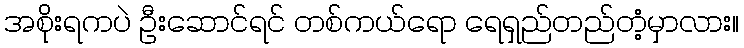
အစိုးရကပဲ ဦးဆောင်ရင် တစ်ကယ်ရော ရေရှည်တည်တံ့မှာလား။